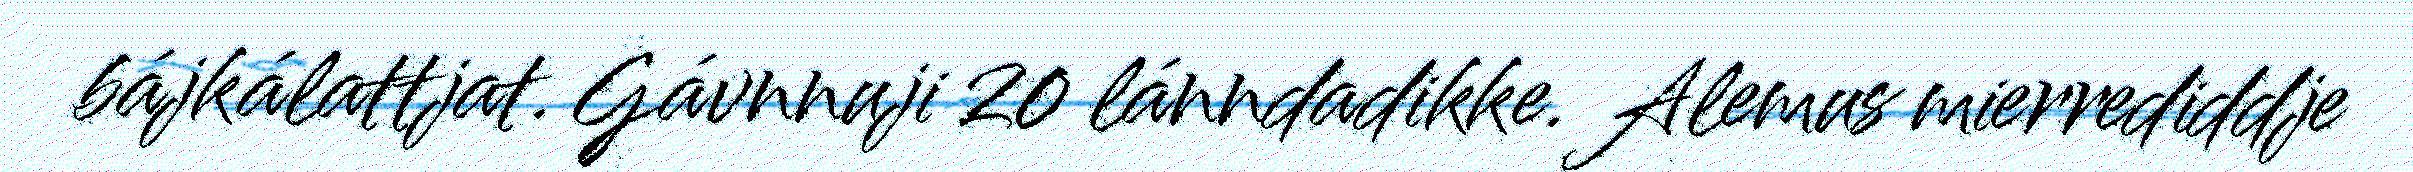
bájkálattjat. Gávnnuji 20 lánndadikke. Alemus mierrediddje